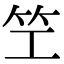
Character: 笁